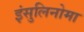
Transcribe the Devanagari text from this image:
इंसुलिनोमा